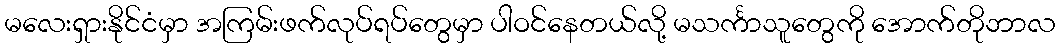
မလေးရှားနိုင်ငံမှာ အကြမ်းဖက်လုပ်ရပ်တွေမှာ ပါဝင်နေတယ်လို့ မသင်္ကာသူတွေကို အောက်တိုဘာလ